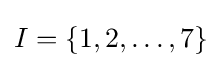
I=\{1,2,\ldots ,7\}